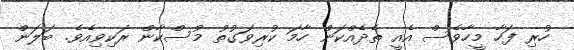
ހުރި ފަހާ މީހާވެސް އެއީ ތެދެއްކަން ހާމަ ކުރިވަގުތު މުސްކާން ރަކިވިއެވެ. ބަލަން